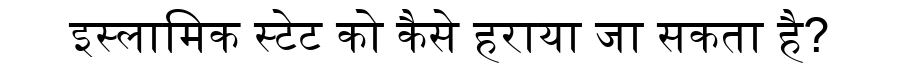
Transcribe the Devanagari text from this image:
इस्लामिक स्टेट को कैसे हराया जा सकता है?